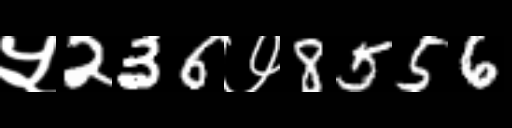
Text: ५236७8556